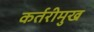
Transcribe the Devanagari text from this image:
कर्तरीमुख